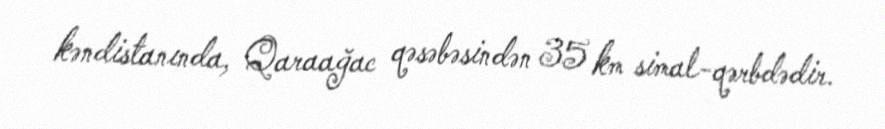
kəndistanında, Qaraağac qəsəbəsindən 35 km simal-qərbdədir.